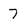
Character: 7